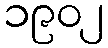
၁၉၀၂